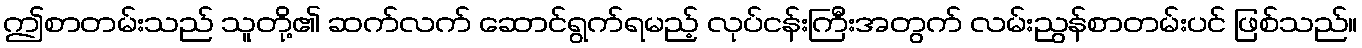
ဤစာတမ်းသည် သူတို့၏ ဆက်လက် ဆောင်ရွက်ရမည့် လုပ်ငန်းကြီးအတွက် လမ်းညွန်စာတမ်းပင် ဖြစ်သည်။